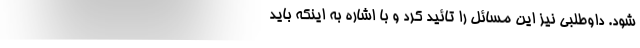
شود. داوطلبی نیز این مسائل را تائید کرد و با اشاره به اینکه باید